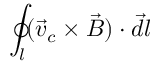
\oint _ { l } ( \vec { v } _ { c } \times \vec { B } ) \cdot \vec { d l }